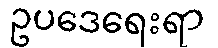
ဥပဒေရေးရာ